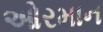
ઓરમાન